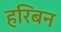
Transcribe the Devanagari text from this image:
हरिबन